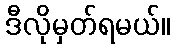
ဒီလိုမှတ်ရမယ်။